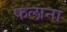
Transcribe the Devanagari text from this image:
फलाना